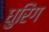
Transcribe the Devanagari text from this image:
धुरिंग